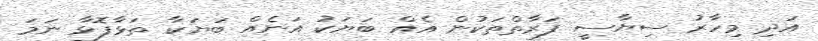
އަދި މިހާރު ސިޔާސީ ފަރާތްތަކުން އެއް ބަޔަކު އަނެއް ބަޔަކާ ތަޅާފޮޅާ ނަމަ